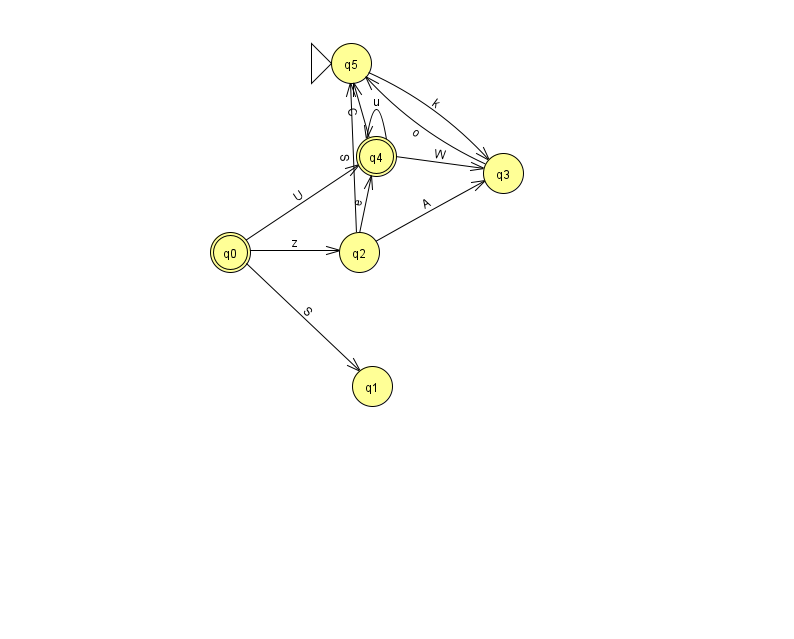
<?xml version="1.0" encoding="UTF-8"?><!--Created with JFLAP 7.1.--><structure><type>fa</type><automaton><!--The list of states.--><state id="0" name="q0"><x>230.0</x><y>239.0</y><final/></state><state id="1" name="q1"><x>372.0</x><y>373.0</y></state><state id="2" name="q2"><x>359.0</x><y>239.0</y></state><state id="3" name="q3"><x>503.0</x><y>160.0</y></state><state id="4" name="q4"><x>376.0</x><y>143.0</y><final/></state><state id="5" name="q5"><x>351.0</x><y>50.0</y><initial/></state><!--The list of transitions.--><transition><from>5</from><to>3</to><read>k</read></transition><transition><from>0</from><to>1</to><read>S</read></transition><transition><from>2</from><to>3</to><read>A</read></transition><transition><from>4</from><to>4</to><read>u</read></transition><transition><from>3</from><to>5</to><read>o</read></transition><transition><from>4</from><to>5</to><read>C</read></transition><transition><from>0</from><to>2</to><read>z</read></transition><transition><from>4</from><to>3</to><read>W</read></transition><transition><from>2</from><to>4</to><read>e</read></transition><transition><from>0</from><to>4</to><read>U</read></transition><transition><from>2</from><to>5</to><read>S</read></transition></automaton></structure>